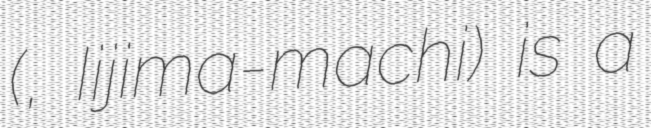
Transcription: (飯島町, Iijima-machi) is a